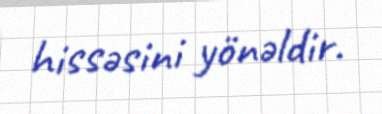
hissəsini yönəldir.